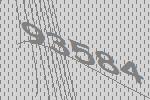
93584